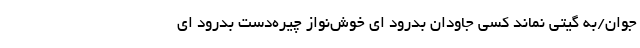
جوان/به گیتی نماند کسی جاودان بدرود ‌ای خوش‌نواز چیره‌دست بدرود ‌ای